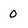
Character: 0